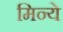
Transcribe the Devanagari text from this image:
मिन्ये